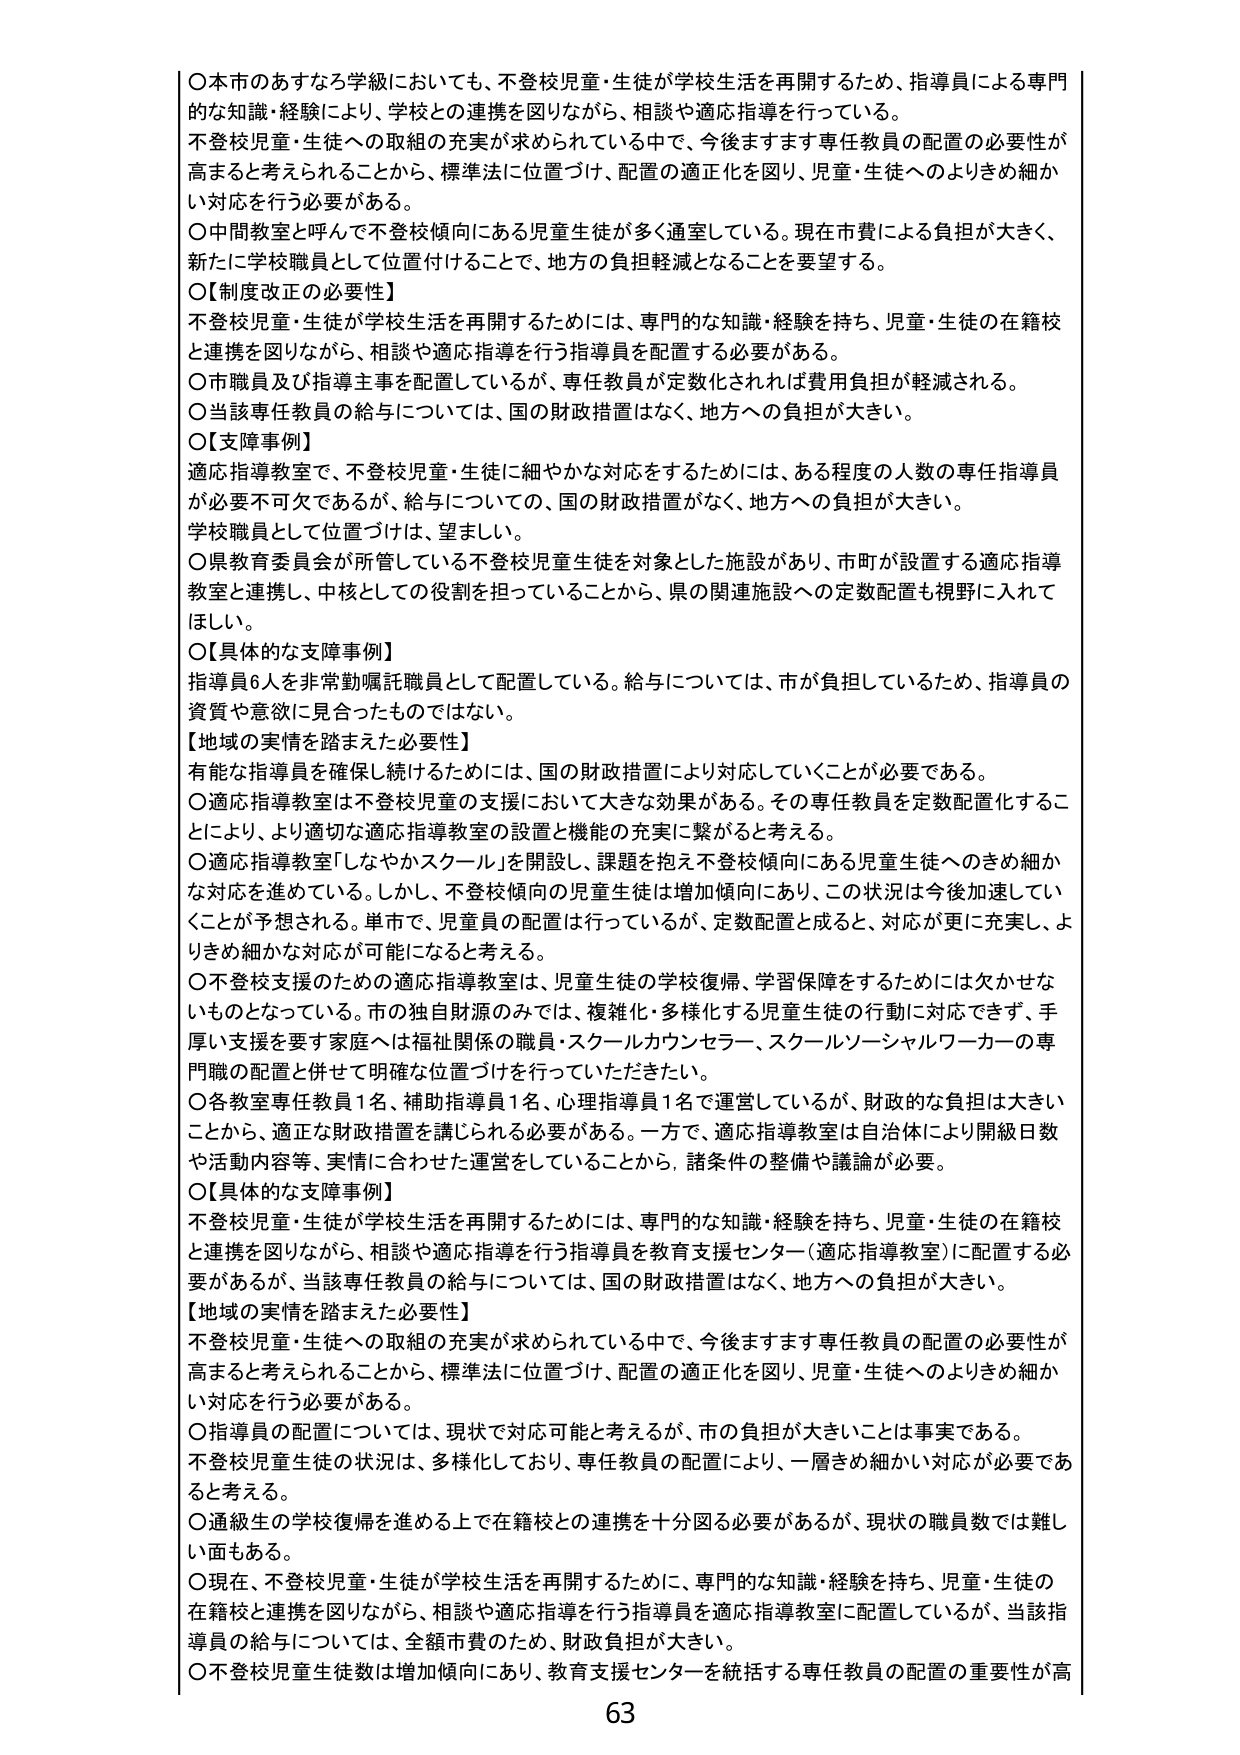
○本市のあすなろ学級においても、不登校児童・生徒が学校生活を再開するため、指導員による専門的な知識・経験により、学校との連携を図りながら、相談や適応指導を行っている。
不登校児童・生徒への取組の充実が求められている中で、今後ますます専任教員の配置の必要性が高まると考えられることから、標準法に位置づけ、配置の適正化を図り、児童・生徒へのよりきめ細かい対応を行う必要がある。
○中間教室と呼んで不登校傾向にある児童生徒が多く通室している。現在市費による負担が大きく、新たに学校職員として位置付けることで、地方の負担軽減となることを要望する。
○【制度改正の必要性】
不登校児童・生徒が学校生活を再開するためには、専門的な知識・経験を持ち、児童・生徒の在籍校と連携を図りながら、相談や適応指導を行う指導員を配置する必要がある。
○市職員及び指導主事を配置しているが、専任教員が定数化されれば費用負担が軽減される。
○当該専任教員の給与については、国の財政措置はなく、地方への負担が大きい。
○【支障事例】
適応指導教室で、不登校児童・生徒に細やかな対応をするためには、ある程度の人数の専任指導員が必要不可欠であるが、給与についての、国の財政措置がなく、地方への負担が大きい。
学校職員として位置づけは、望ましい。
○県教育委員会が所管している不登校児童生徒を対象とした施設があり、市町が設置する適応指導教室と連携し、中核としての役割を担っていることから、県の関連施設への定数配置も視野に入れてほしい。
○【具体的な支障事例】
指導員6人を非常勤嘱託職員として配置している。給与については、市が負担しているため、指導員の資質や意欲に見合ったものではない。
【地域の実情を踏まえた必要性】
有能な指導員を確保し続けるためには、国の財政措置により対応していくことが必要である。
○適応指導教室は不登校児童の支援において大きな効果がある。その専任教員を定数配置化することにより、より適切な適応指導教室の設置と機能の充実に繋がると考える。
○適応指導教室「しなやかスクール」を開設し、課題を抱え不登校傾向にある児童生徒へのきめ細かな対応を進めている。しかし、不登校傾向の児童生徒は増加傾向にあり、この状況は今後加速していくことが予想される。単体で、児童員の配置は行っているが、定数配置と成ると、対応が更に充実し、よりきめ細かな対応が可能になると考える。
○不登校支援のための適応指導教室は、児童生徒の学校復帰、学習保障をするためには欠かせないものとなっている。市の独自財源のみでは、複雑化・多様化する児童生徒の行動に対応できず、手厚い支援を要す家庭へは福祉関係の職員・スクールカウンセラー、スクールソーシャルワーカーの専門職の配置と併せて明確な位置づけを行っていただきたい。
○各教室専任教員1名、補助指導員1名、心理指導員1名で運営しているが、財政的な負担は大きいことから、適正な財政措置を講じられる必要がある。一方で、適応指導教室は自治体により開級日数や活動内容等、実情に合わせた運営をしていることから、諸条件の整備や議論が必要。
○【具体的な支障事例】
不登校児童・生徒が学校生活を再開するためには、専門的な知識・経験を持ち、児童・生徒の在籍校と連携を図りながら、相談や適応指導を行う指導員を教育支援センター（適応指導教室）に配置する必要があるが、当該専任教員の給与については、国の財政措置はなく、地方への負担が大きい。
【地域の実情を踏まえた必要性】
不登校児童・生徒への取組の充実が求められている中で、今後ますます専任教員の配置の必要性が高まると考えられることから、標準法に位置づけ、配置の適正化を図り、児童・生徒へのよりきめ細かい対応を行う必要がある。
○指導員の配置については、現状で対応可能と考えるが、市の負担が大きいことは事実である。
不登校児童生徒の状況は、多様化しており、専任教員の配置により、一層きめ細かい対応が必要であると考える。
○通級生の学校復帰を進める上で在籍校との連携を十分図る必要があるが、現状の職員数では難しい面もある。
○現在、不登校児童・生徒が学校生活を再開するために、専門的な知識・経験を持ち、児童・生徒の在籍校と連携を図りながら、相談や適応指導を行う指導員を適応指導教室に配置しているが、当該指導員の給与については、全額市費のため、財政負担が大きい。
○不登校児童生徒数は増加傾向にあり、教育支援センターを統括する専任教員の配置の重要性が高
63